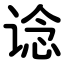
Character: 谂